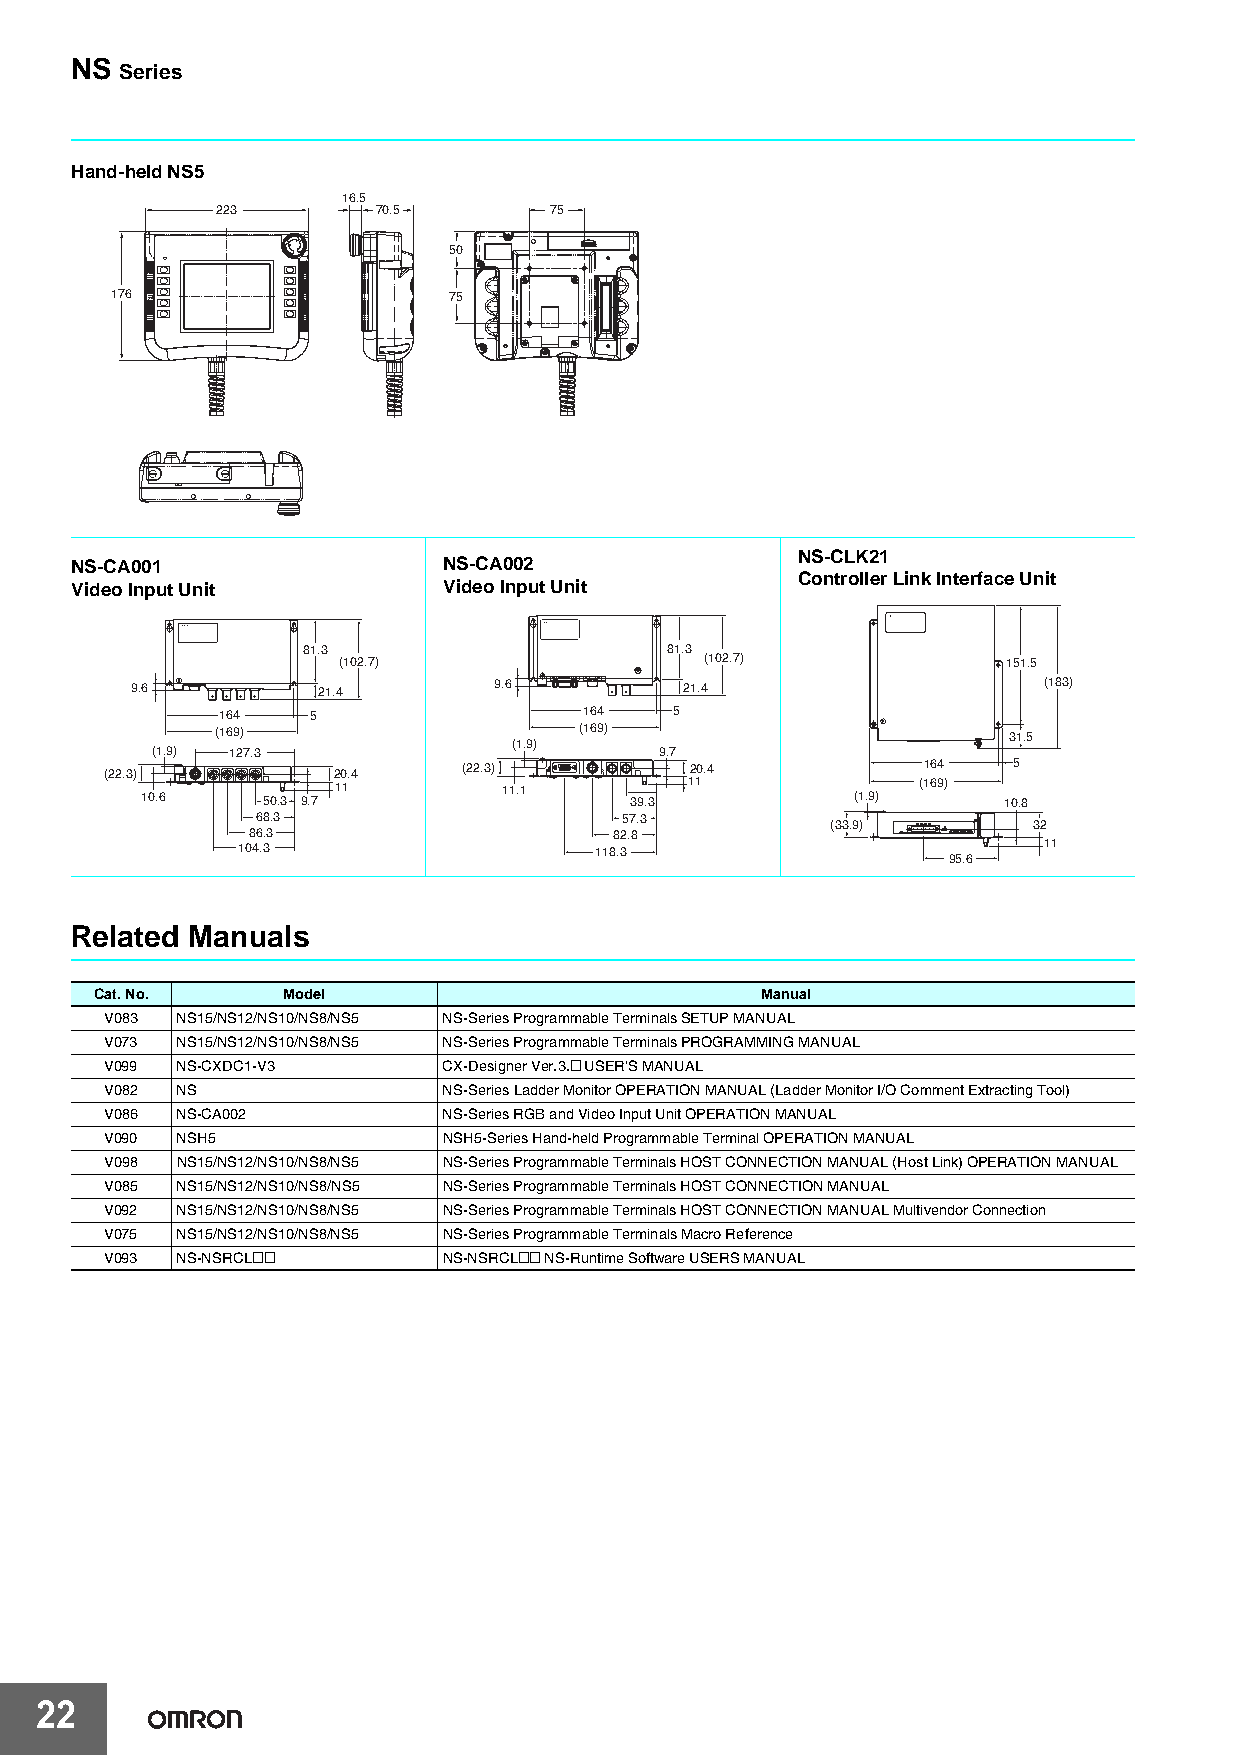
NS
 Series
 Hand-held NS5
 16.5
 223        70.5       75
 50
 176                    75
 NS-CLK21
 NS-CA001                NS-CA002
 Controller Link Interface Unit
 Video Input Unit        Video Input Unit
 81.3                    81.3
 (102.7)                  (102.7)             151.5
 9.6         21.4        9.6         21.4                    (183)
 164  5                  164   5
 (169)                   (169)                        31.5
 (1.9)
 (1.9) 127.3                       9.7
 (22.3)         20.4     (22.3)         20.4           164   5
 11         11.1         11             (169)
 10.6    50.3 9.7                 39.3          (1.9)     10.8
 68.3                    57.3          (33.9)       32
 86.3                     82.8
 104.3                  118.3                         11
 95.6
 Related Manuals
 Cat. No.     Model                          Manual
 V083 NS15/NS12/NS10/NS8/NS5 NS-Series Programmable Terminals SETUP MANUAL
 V073 NS15/NS12/NS10/NS8/NS5 NS-Series Programmable Terminals PROGRAMMING MANUAL
 V099 NS-CXDC1-V3      CX-Designer Ver.3.@ USER'S MANUAL
 V082 NS               NS-Series Ladder Monitor OPERATION MANUAL (Ladder Monitor I/O Comment Extracting Tool)
 V086 NS-CA002         NS-Series RGB and Video Input Unit OPERATION MANUAL
 V090 NSH5             NSH5-Series Hand-held Programmable Terminal OPERATION MANUAL
 V098 NS15/NS12/NS10/NS8/NS5 NS-Series Programmable Terminals HOST CONNECTION MANUAL (Host Link) OPERATION MANUAL
 V085 NS15/NS12/NS10/NS8/NS5 NS-Series Programmable Terminals HOST CONNECTION MANUAL
 V092 NS15/NS12/NS10/NS8/NS5 NS-Series Programmable Terminals HOST CONNECTION MANUAL Multivendor Connection
 V075 NS15/NS12/NS10/NS8/NS5 NS-Series Programmable Terminals Macro Reference
 V093 NS-NSRCL@@       NS-NSRCL@@ NS-Runtime Software USERS MANUAL
 22